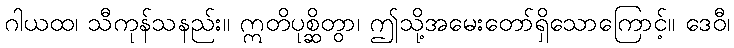
ဂါယထ၊ သီကုန်သနည်း။ ဣတိပုစ္ဆိတွာ၊ ဤသို့အမေးတော်ရှိသောကြောင့်။ ဒေဝီ၊